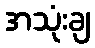
အသုံးချ